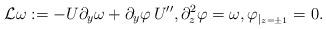
LaTeX: \begin{align*}\mathcal{L} \omega: = - U \partial_y \omega + \partial_y \varphi \, U'' , \partial_z^2 \varphi = \omega, \varphi_{\vert_{z=\pm 1}} = 0.\end{align*}